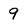
Character: 9